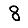
Digit: 8